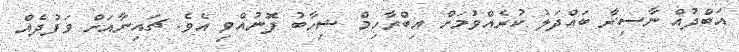
އަބްދުއް ނާސިރާ ބައްދަލު ކުރެއްވުމަށް އިބްރާހިމް ޝިހާބު ފޮނުއްވި އެވެ. ޗައިނާއަށް ވަފުދެއް